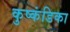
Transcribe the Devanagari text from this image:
कुष्कंडिका